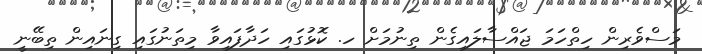
މަސްވެރިން ހިތްހަމަ ޖައްސާލައިގެން ތިނުމަށް ހ. ކޮޅުގައި ހަދާފައިވާ މިތަނުގައި ގިނައިން ތިބޭނީ